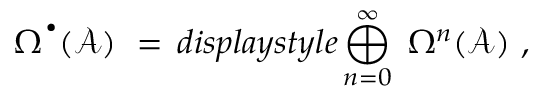
\Omega ^ { \, ^ { \bullet } } ( { \mathcal A } ) \ = \, d i s p l a y s t y l e \bigoplus _ { n = 0 } ^ { \infty } \ \Omega ^ { n } ( { \mathcal A } ) \ ,